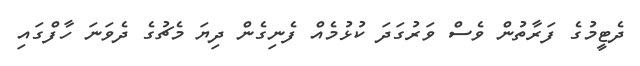
ދެޓީމުގެ ފަރާތުން ވެސް ވަރުގަދަ ކުޅުމެއް ފެނިގެން ދިޔަ މެޗުގެ ދެވަނަ ހާފްގައި